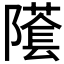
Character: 𨼲